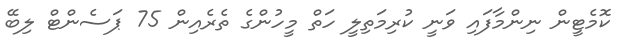
ކޮމެޓީން ނިންމާފައި ވަނީ ކުރިމަތިލީ ހަތް މީހުންގެ ތެރެއިން 75 ޕަސެންޓް ލިބޭ